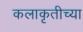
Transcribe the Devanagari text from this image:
कलाकृतीच्या